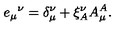
{ e _ { \mu } } ^ { \nu } = \delta _ { \mu } ^ { \nu } + \xi _ { A } ^ { \nu } A _ { \mu } ^ { A } .